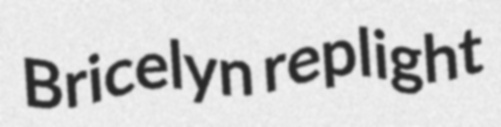
Bricelyn replight